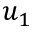
u _ { 1 }